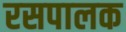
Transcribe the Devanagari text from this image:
रसपालक